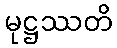
မုဋ္ဌဿတိ